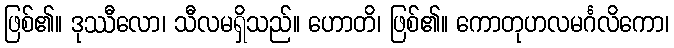
ဖြစ်၏။ ဒုဿီလော၊ သီလမရှိသည်။ ဟောတိ၊ ဖြစ်၏။ ကောတုဟလမင်္ဂလိကော၊